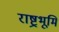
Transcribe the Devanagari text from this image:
राष्ट्रभूमि